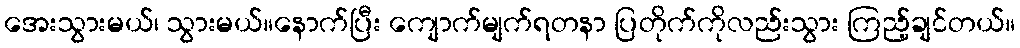
အေးသွားမယ်၊ သွားမယ်။နောက်ပြီး ကျောက်မျက်ရတနာ ပြတိုက်ကိုလည်းသွား ကြည့်ချင်တယ်။